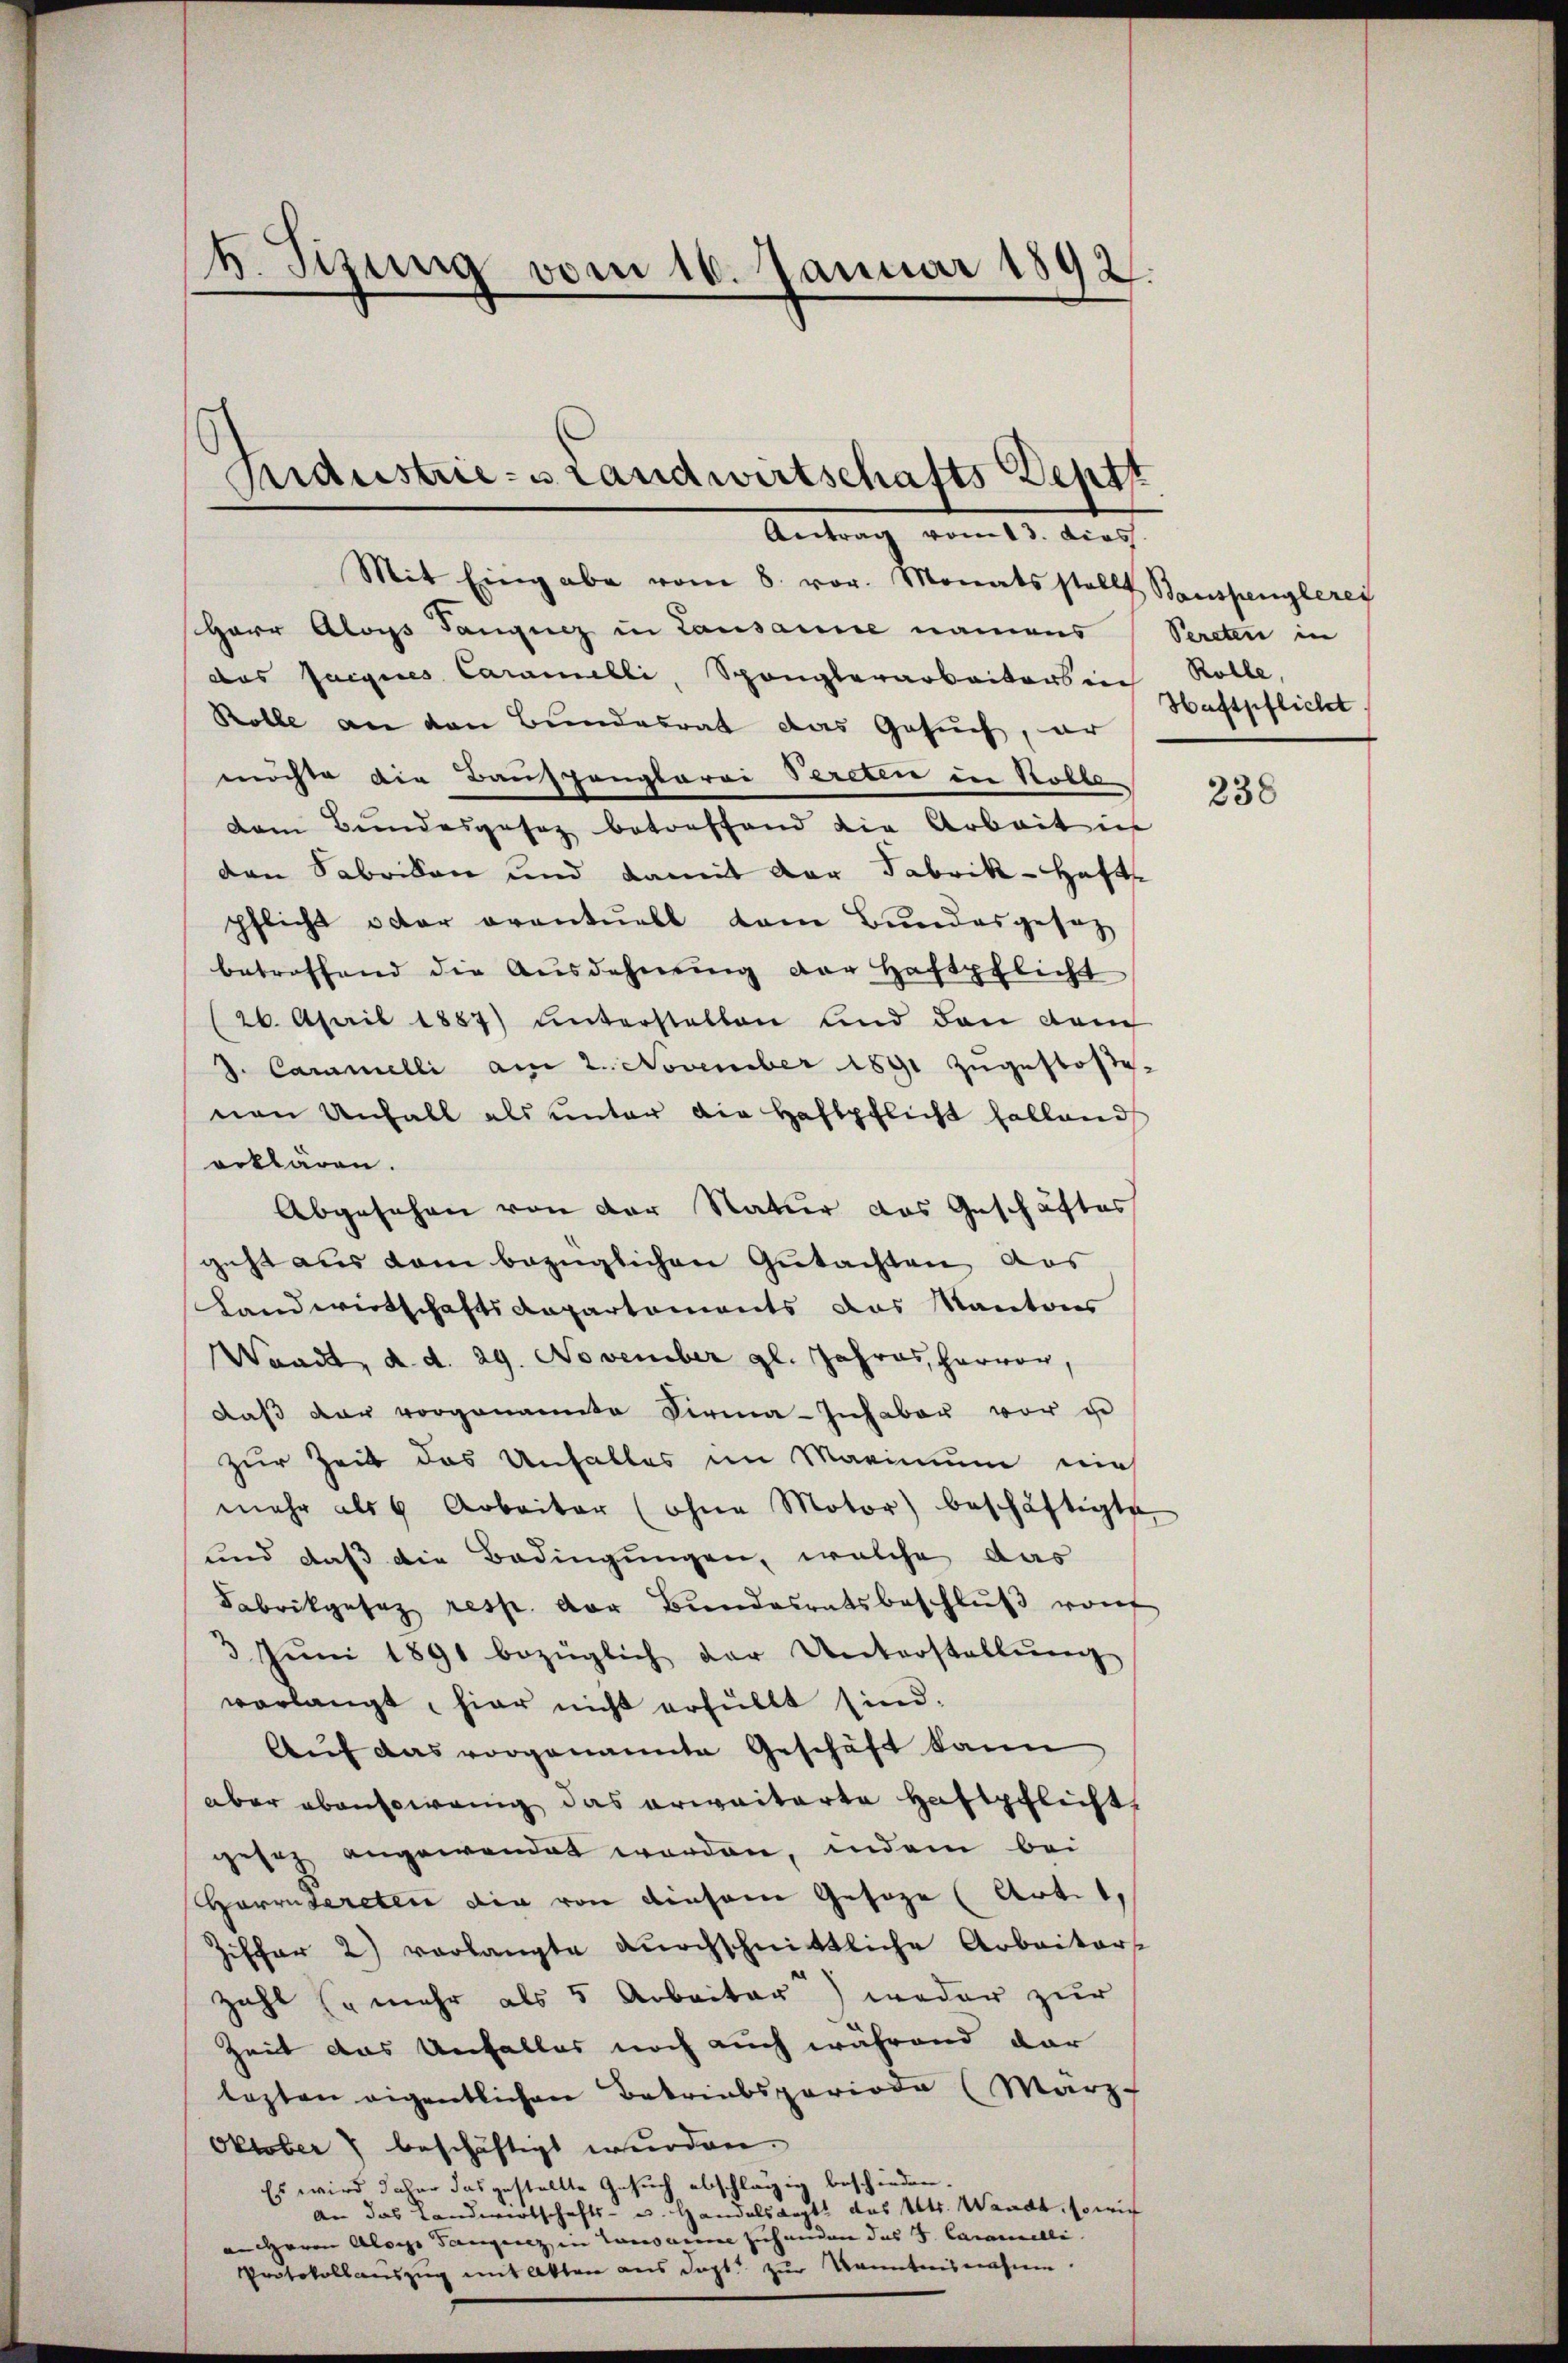
4. Tizung vom 16. Januar 1892.

Aidustrie- Landwirtschafts Dept
Antrag vom 13. dies

Mit Eingabe vom 8. vor. Monatsstellt Bauspenglerey
Herr Aloys Tanguiz in Lausanne namens Sereten in
das fargires Caramelli, Spanglerarbeiters in Rolle,
Rolle an den Bundesrat das Gesuch, er
möchte die Bauspanglarei Pereten in Kolle
dem Bundesgesag betreffend die Arbeit in
den Sabrikon und damit der Fabrik- Haft
pflicht oder eventuell vom Bundesgesetz
betreffend die Ausdehnung der Haftpflicht
26. April 1857) ŭnterstellen und den dem
d. Caramelli am 2. November 1891 zugestosse-
nen Unfall als unter die Haftpflicht halland
erklären.
Abgesehen von der Natur das Geschäftes
geht aus dem bezüglichen Gutachten aus
Landwirtschaftsdepartements das Kantons
Waadt, d. d. 29. November gl. Jahres, hervor,
daß der vorgenamte Sirna-Inhaber vor un
zur Zeit das Unfalles im Marinum nich
mehr als 6 Arbeiter (ohne Motor) beschäftigte
und daß die Bedingungen, welche das
Fabrikgesez resp. der Bŭndesratsbeschlŭβ von
3 Jŭni 1891 bezüglich der Unterstellŭng
verlangt, hier nicht erfüllt sind.
Aŭf das vorgenannte Geschäft kann
aber abensowenig das erwaiterte Haftpflicht,
gesez angewendet worden, indem bei
Herrntereten die von diesem Gesage (Artet,
Ziffer 2) vorlangte durchschnittliche Arbeiterst
zahl Er mehr als 5 Arbeiter) weder zur
¬
Zeit das Unfalles noch auch während dar
lezten eigentlichen Betriebsperiode (März
Oktober 7 beschäftigt wurden.
Es wird daher das gestellte Gesuch abschlägig beschieden.
An das Landwirtschafts- u. Handelsarzt das Utr. Waadt, sowie
an Herrn Aloys Tanzenz in Lausanne zuhanden das J. Caramelli
Protokollauszug mit Akten aus dort zur Kenntnisnahme.

Haftpflicht

238